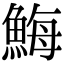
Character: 䱕